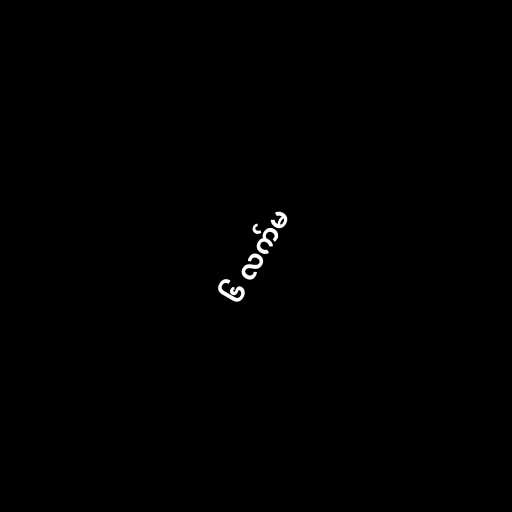
၆ လက်မ